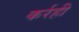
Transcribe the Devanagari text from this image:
कर्रही